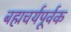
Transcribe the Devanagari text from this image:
बह्मचर्यपूर्वक